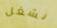
نشغل